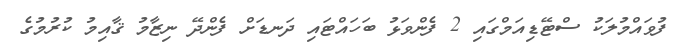
ފުވައްމުލަކު ސްޓޭޑިއަމްގައި 2 ފެންވަޅު ބަހައްޓައި ދަނޑަށް ފެންދޭ ނިޒާމު ޤާއިމު ކުރުމުގެ